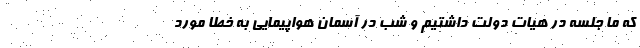
که ما جلسه در هیات دولت داشتیم و شب در آسمان هواپیمایی به خطا مورد